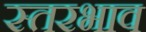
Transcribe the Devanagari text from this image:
स्तरभाव